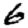
Digit: 6